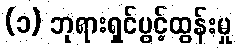
(၁) ဘုရားရှင်ပွင့်ထွန်းမှု